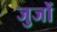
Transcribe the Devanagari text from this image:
जुजों